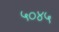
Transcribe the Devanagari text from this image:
५०४५